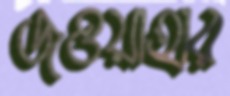
জওয়াহার